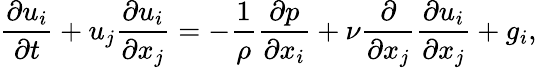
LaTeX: \frac{\partial u_{i}}{\partial t}+u_{j}\frac{\partial u_{i}}{\partial x_{j}}=-\frac{1}{\rho}\frac{\partial p}{\partial x_{i}}+\nu\frac{\partial}{\partial x_{j}}\frac{\partial u_{i}}{\partial x_{j}}+g_{i},